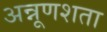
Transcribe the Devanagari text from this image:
अन्नूणशता